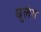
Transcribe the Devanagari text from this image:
धुलेव